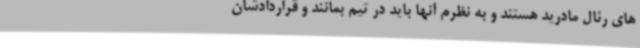
های رئال مادرید هستند و به نظرم آنها باید در تیم بمانند و قراردادشان